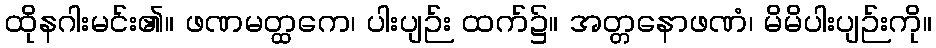
ထိုနဂါးမင်း၏။ ဖဏမတ္ထကေ၊ ပါးပျဉ်း ထက်၌။ အတ္တနောဖဏံ၊ မိမိပါးပျဉ်းကို။